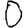
Digit: 0